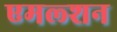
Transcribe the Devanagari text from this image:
एमल्शन